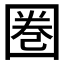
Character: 圏